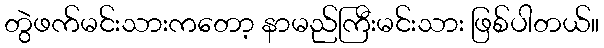
တွဲဖက်မင်းသားကတော့ နာမည်ကြီးမင်းသား ဖြစ်ပါတယ်။